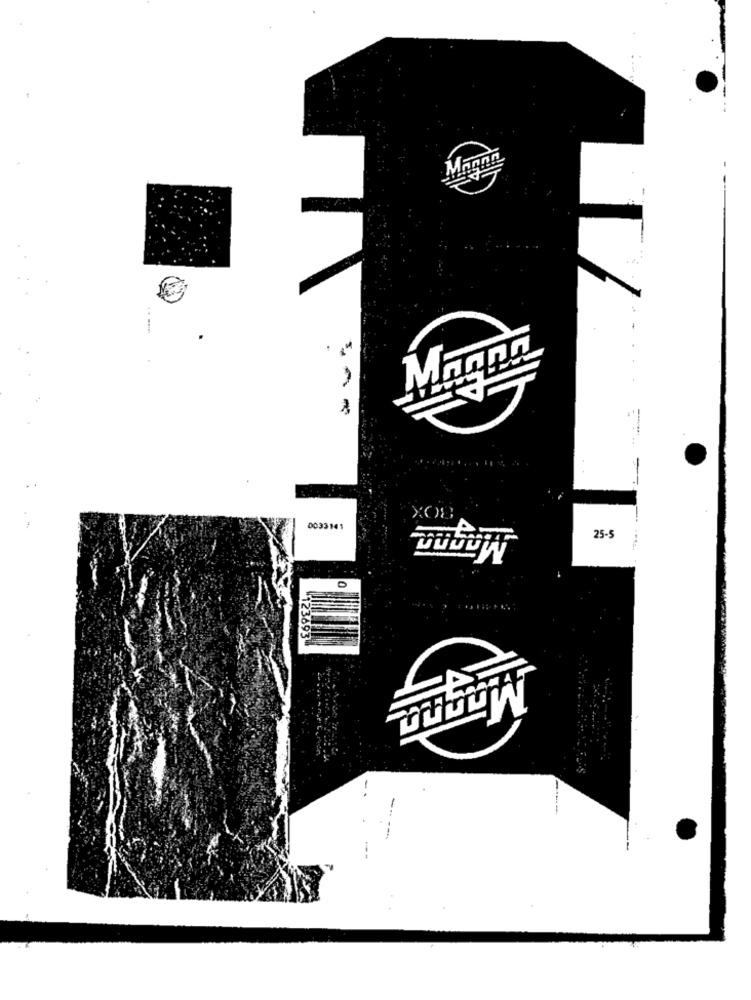
MAnnn
x08
0033141
25-5
123693